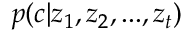
p ( c | z _ { 1 } , z _ { 2 } , . . . , z _ { t } )